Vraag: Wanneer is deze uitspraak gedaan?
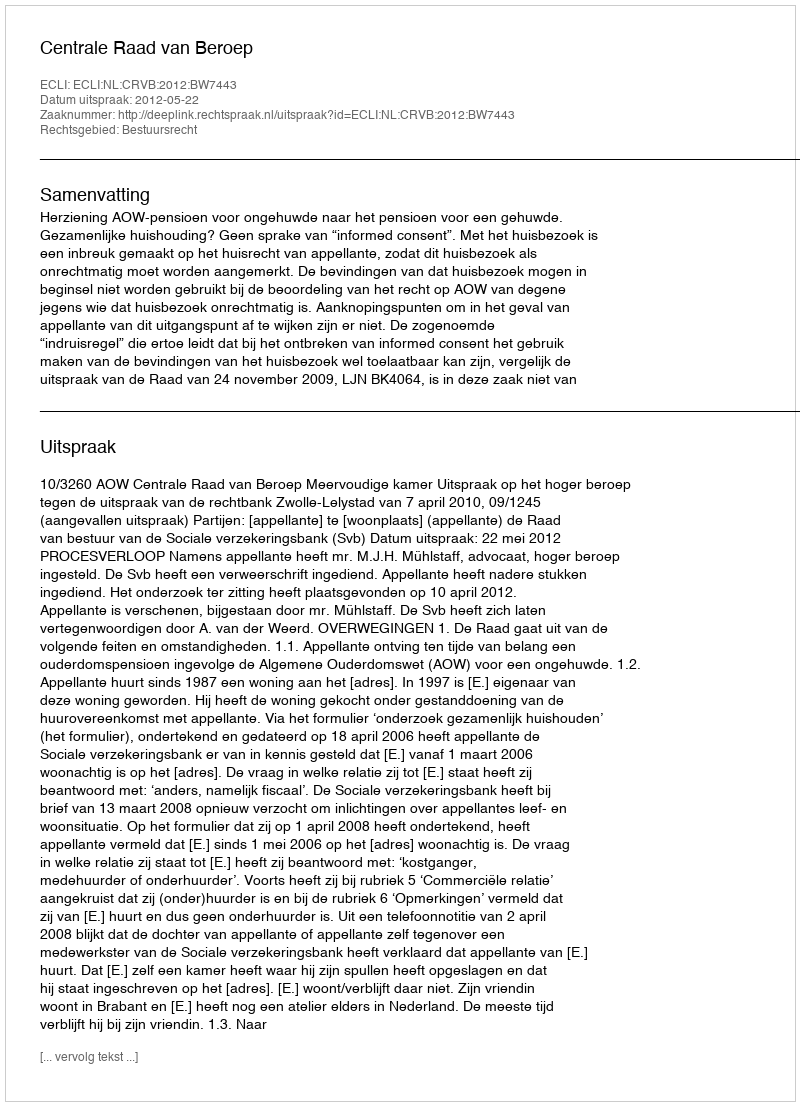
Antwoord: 2012-05-22